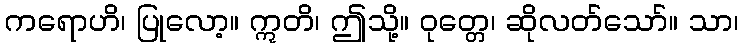
ကရောဟိ၊ ပြုလော့။ ဣတိ၊ ဤသို့။ ဝုတ္တေ၊ ဆိုလတ်သော်။ သာ၊